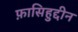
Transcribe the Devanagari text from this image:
फ़ासिहुद्दीन